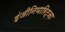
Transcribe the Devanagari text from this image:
इंजीनियारिट्ज़ा